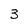
Character: 3